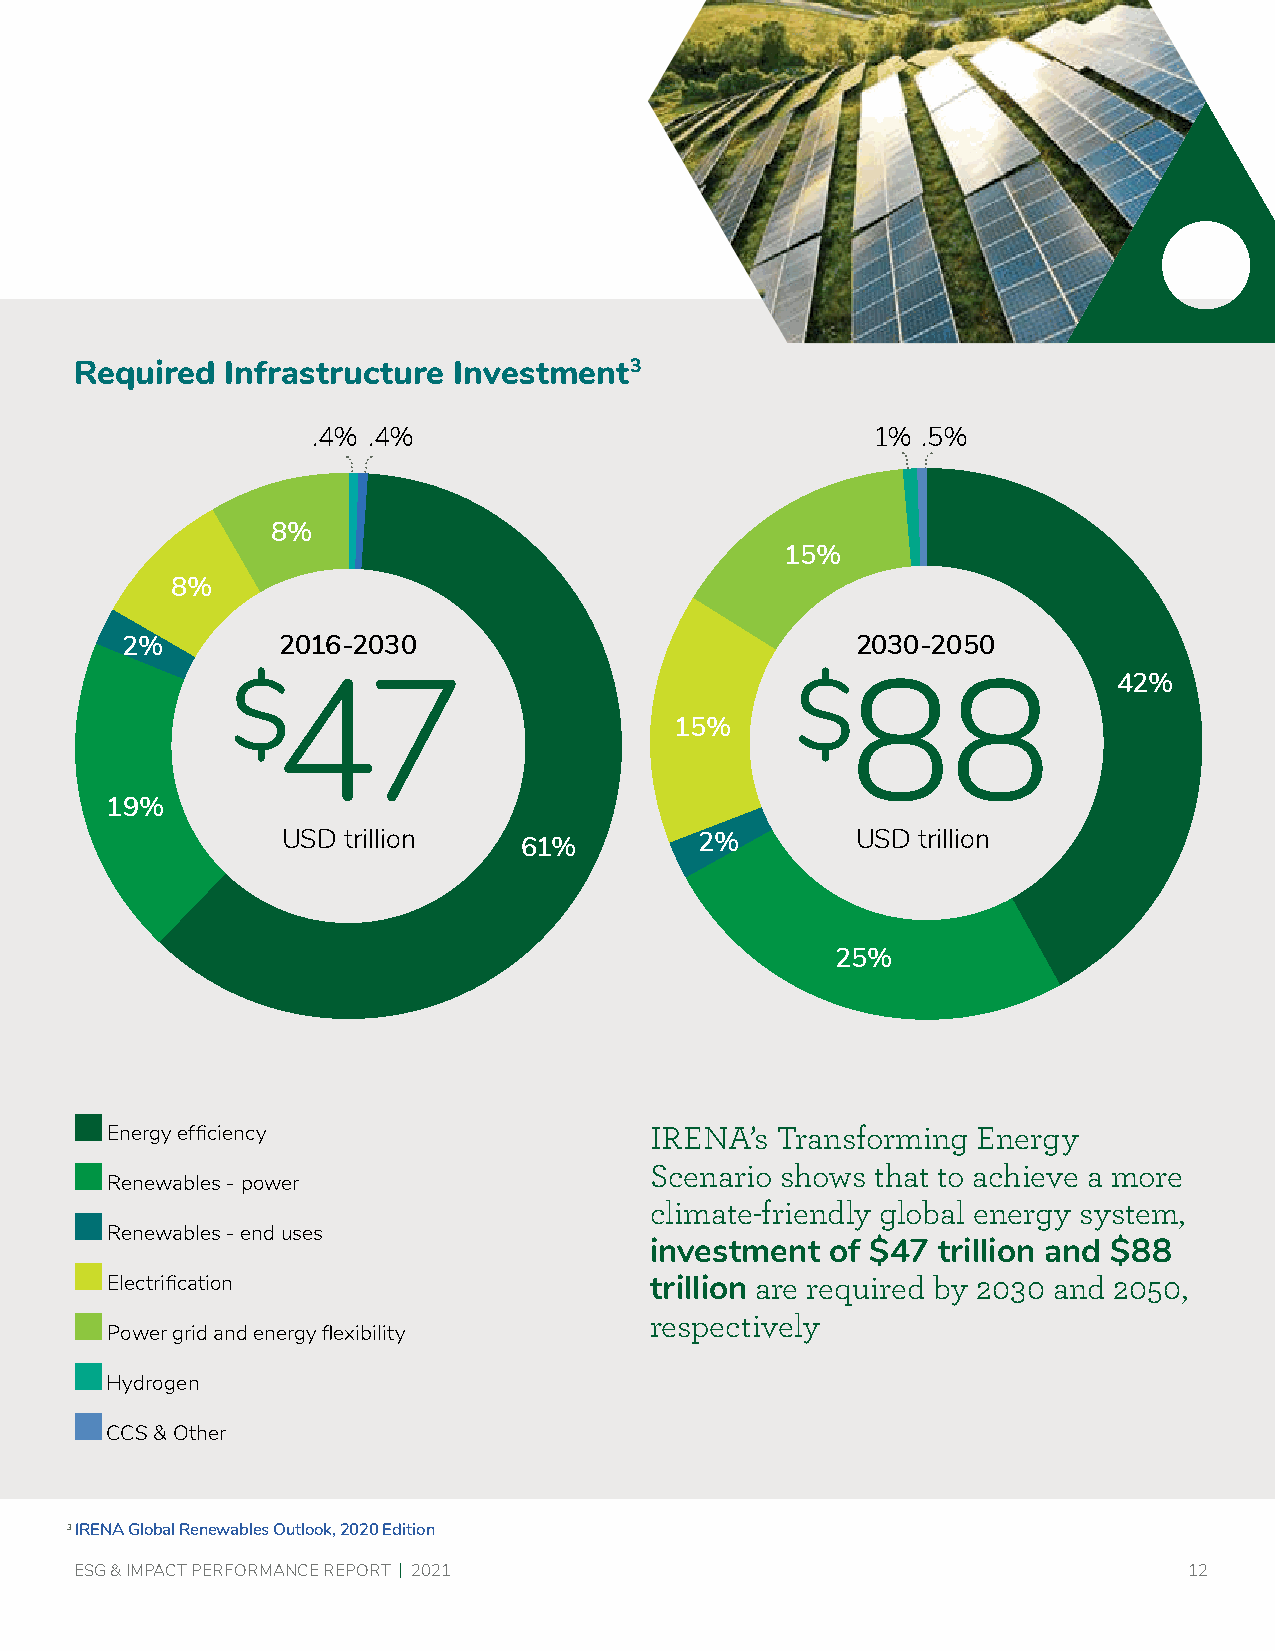
Required  Infrastructure Investment3
 .4% .4%                              1% .5%
 8%
 15%
 8%
 2%        2016-2030                              2030-2050
 $47                                   $88                  42%
 15%
 19%
 USD trillion   61%         2%         USD trillion
 25%
 Energy efficiency                   IRENA’s Transforming  Energy
 Scenario shows that to achieve a more
 Renewables - power
 climate-friendly global energy system,
 Renewables - end uses
 investment  of $47 trillion and $88
 Electrification                     trillion are required by 2030 and 2050,
 respectively
 Power grid and energy flexibility
 Hydrogen
 CCS & Other
 3 IRENA Global Renewables Outlook, 2020 Edition
 ESG & IMPACT PERFORMANCE REPORT | 2021                                    12